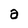
Character: a